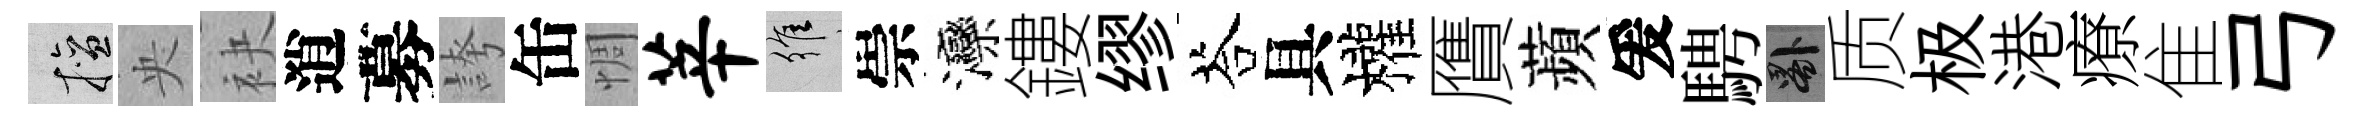
擅央袂逍募誇缶惆莘維崇灤鏤缪荅具權贋蘋爰騁晷质极港療隹弓